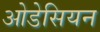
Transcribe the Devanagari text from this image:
ओडेसियन